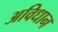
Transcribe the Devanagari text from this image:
अविधान